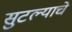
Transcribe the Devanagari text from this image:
सुटल्याचे